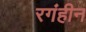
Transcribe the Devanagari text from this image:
रगंहीन